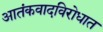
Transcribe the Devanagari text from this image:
आतंकवादविरोधात